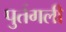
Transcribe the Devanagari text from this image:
पुर्तगली